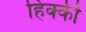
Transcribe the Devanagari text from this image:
हिक्‍की